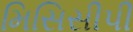
મિસિસીપી